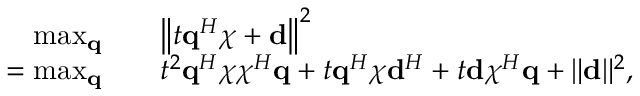
\begin{array} { r l } { \operatorname* { m a x } _ { \mathbf { q } } \quad } & { \left\| t \mathbf { q } ^ { H } \boldsymbol { \chi } + \mathbf { d } \right\| ^ { 2 } } \\ { = \operatorname* { m a x } _ { \mathbf { q } } \quad } & { t ^ { 2 } \mathbf { q } ^ { H } \boldsymbol { \chi } \boldsymbol { \chi } ^ { H } \mathbf { q } + t \mathbf { q } ^ { H } \boldsymbol { \chi } \mathbf { d } ^ { H } + t \mathbf { d } \boldsymbol { \chi } ^ { H } \mathbf { q } + \| \mathbf { d } \| ^ { 2 } , } \end{array}